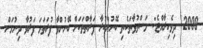
2009  ދިވެހިރާއްޖެ:- މަސްތުވާތަކެތި ބޭނުންކުރާ ފަރާތްތަކަށް ބޭނުންވާ ފުރަތަމަ ފަރުވާ ދިނުމަށް